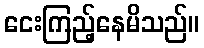
ငေးကြည့်နေမိသည်။